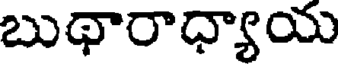
బుథారాధ్యాయ